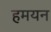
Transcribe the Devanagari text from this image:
हमयन